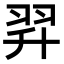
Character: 𦐒